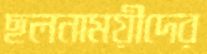
ছলনাময়ীদের